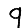
Digit: 9